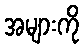
အများကို